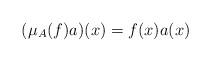
LaTeX: \begin{align*}(\mu_A(f)a)(x)=f(x)a(x)\end{align*}